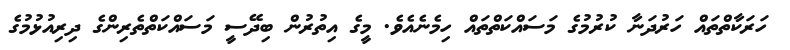
ހަރަކާތްތައް ހަރުދަނާ ކުރުމުގެ މަސައްކަތްތައް ހިމެނެއެވެ. މީގެ އިތުރުން ބިދޭސީ މަސައްކަތްތެރިންގެ ދިރިއުޅުމުގެ